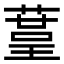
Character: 𦹒